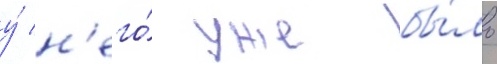
у́ н'его́ уже бы́ло